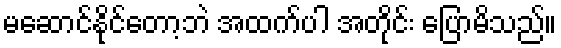
မဆောင်နိုင်တော့ဘဲ အထက်ပါ အတိုင်း ပြောမိသည်။